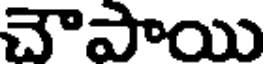
చౌపాయి